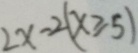
2 x - 2 ( x \geqslant 5 )